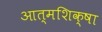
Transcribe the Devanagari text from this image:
आत्मशिक्षा